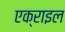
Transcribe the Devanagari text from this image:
एक्राइल